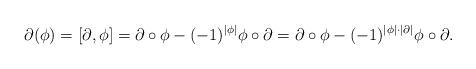
LaTeX: \begin{align*} \partial(\phi) = [\partial,\phi] = \partial\circ\phi - (-1)^{|\phi|}\phi\circ\partial=\partial\circ\phi - (-1)^{|\phi|\cdot|\partial|}\phi\circ\partial.\end{align*}